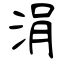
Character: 涓